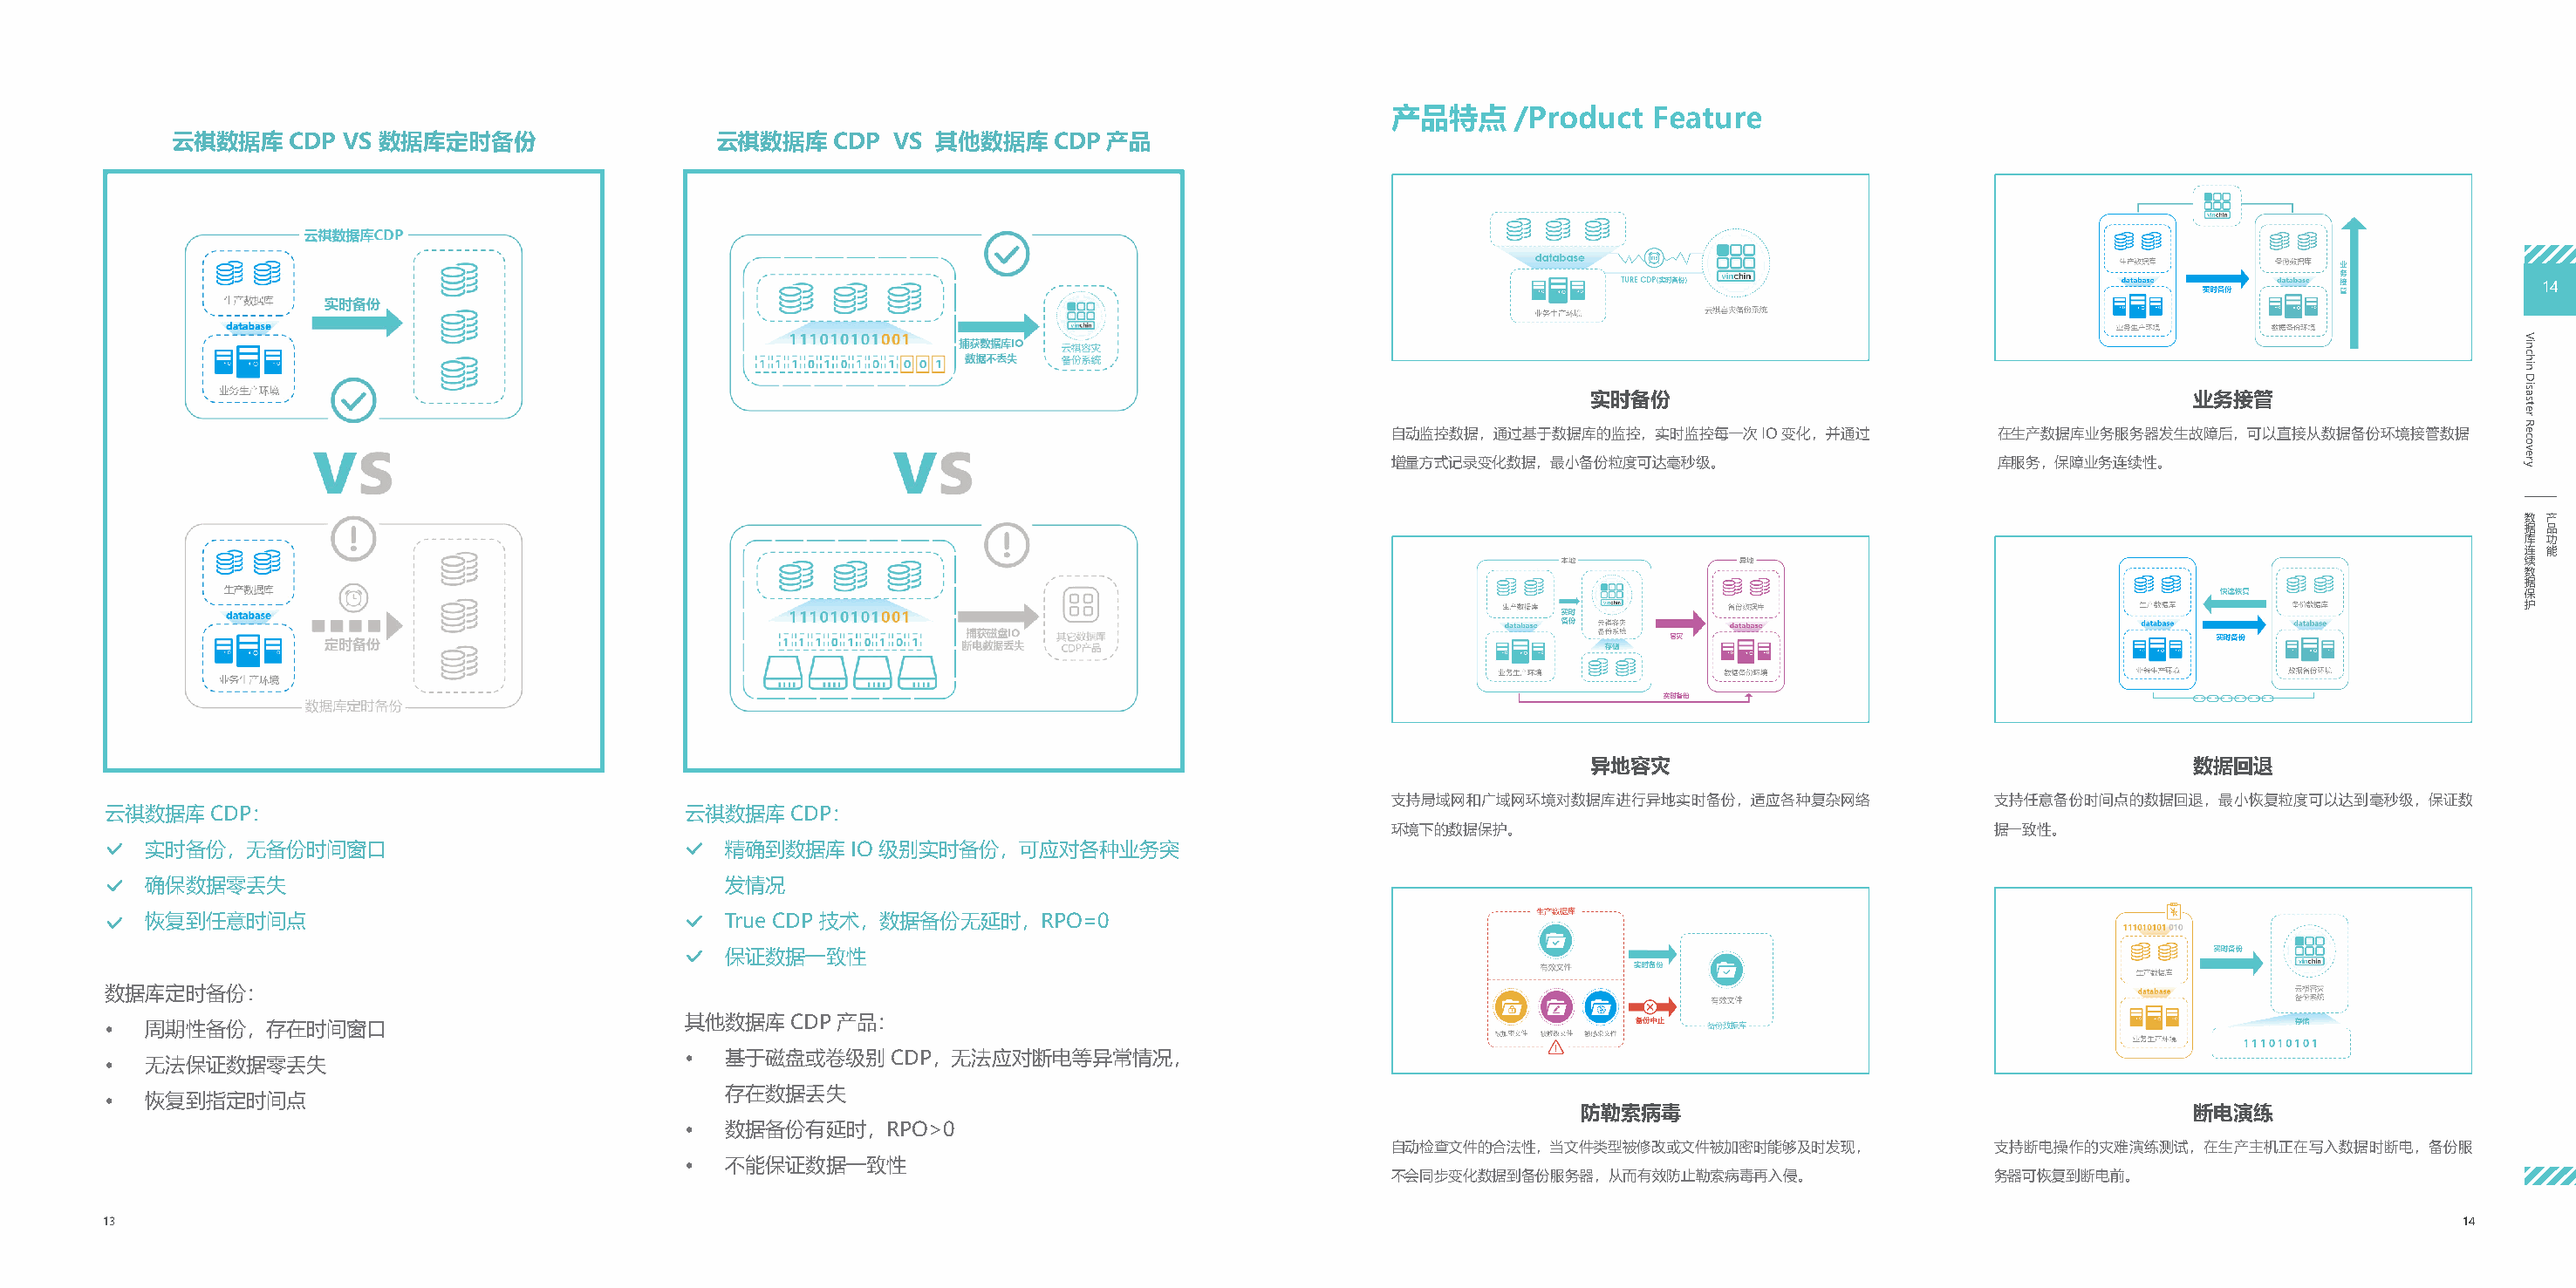
产品特点     /Product  Feature
 云祺数据库    CDP VS 数据库定时备份                  云祺数据库    CDP  VS 其他数据库    CDP 产品
 14
 实时备份                                         业务接管
 自动监控数据，通过基于数据库的监控，实时监控每一次IO变化，并通过             在生产数据库业务服务器发生故障后，可以直接从数据备份环境接管数据
 增量方式记录变化数据，最小备份粒度可达毫秒级。                       库服务，保障业务连续性。
 数 产
 据 品
 库 功
 连 能
 续
 数
 据
 保
 护
 异地容灾                                         数据回退
 支持局域网和广域网环境对数据库进行异地实时备份，适应各种复杂网络             支持任意备份时间点的数据回退，最小恢复粒度可以达到毫秒级，保证数
 云祺数据库CDP：                                   云祺数据库CDP：
 环境下的数据保护。                                    据一致性。
 •  实时备份，无备份时间窗口                             •  精确到数据库IO级别实时备份，可应对各种业务突
 •  确保数据零丢失                                     发情况
 •  恢复到任意时间点                                 •  True CDP 技术，数据备份无延时，RPO=0
 •  保证数据一致性
 数据库定时备份：
 其他数据库CDP产品：
 •  周期性备份，存在时间窗口
 •  基于磁盘或卷级别CDP，无法应对断电等异常情况，
 •  无法保证数据零丢失
 存在数据丢失
 •  恢复到指定时间点
 防勒索病毒                                         断电演练
 •  数据备份有延时，RPO>0
 自动检查文件的合法性，当文件类型被修改或文件被加密时能够及时发现，            支持断电操作的灾难演练测试，在生产主机正在写入数据时断电，备份服
 •  不能保证数据一致性
 不会同步变化数据到备份服务器，从而有效防止勒索病毒再入侵。                务器可恢复到断电前。
 13                                                                                                                                                                                 14
 Vinchin
 Disaster
 Recovery